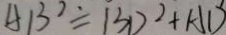
A B ^ { 2 } = B D ^ { 2 } + A D